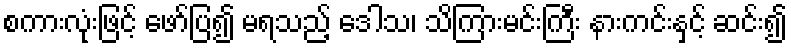
စကားလုံးဖြင့် ဖော်ပြ၍ မရသည့် ဒေါသ၊ သိကြားမင်းကြီး နားကင်းနှင့် ဆင်း၍